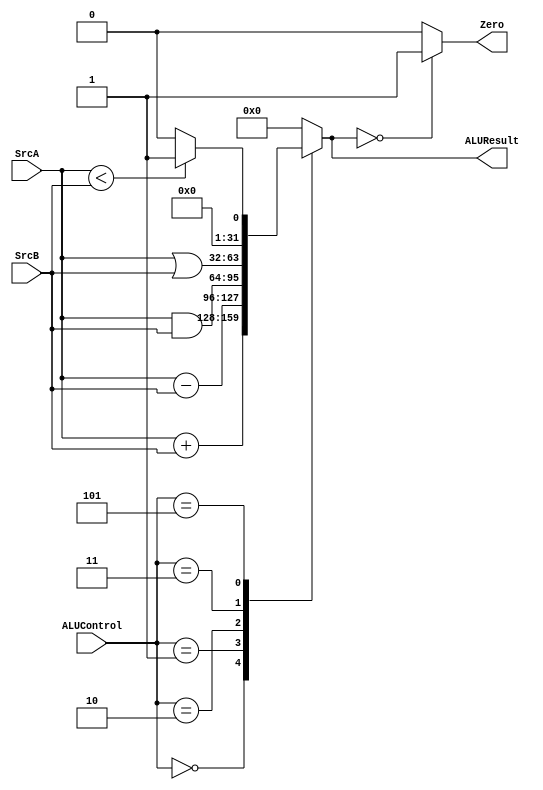
/*
   Created by : Mohamed Hazem Mamdouh
   12-08-2023
   7:30 PM
 */
//***************  ALU  ***************//
 module alu
   (
   input     wire  [31:0]  SrcA,
   input     wire  [31:0]  SrcB,
   input     wire  [2:0]   ALUControl,
   output    reg   [31:0]  ALUResult,
   output    wire          Zero
   );
    
 always @(*) // Cobinational Always
   begin
   case(ALUControl)
	 3'b000: begin  //ADD 
           ALUResult = SrcA+SrcB; 
           end
	 3'b001: begin  //SUB
           ALUResult = SrcA-SrcB; 
           end
	 3'b010: begin  //AND 
           ALUResult = SrcA&SrcB;
           end
	 3'b011: begin  //OR
           ALUResult = SrcA|SrcB; 
           end
	 3'b101: begin  // SIL
           if(SrcA < SrcB)
           begin
				   ALUResult = 32'b1;
           end 
				   else
           begin
				   ALUResult = 0;
           end
	         end
    default:begin
            ALUResult = 0;
            end         
    endcase	
  end
 
  assign Zero = (ALUResult == 0 ) ? 1'b1 :1'b0; /// zero flag
endmodule